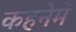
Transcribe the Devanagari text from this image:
कहनेमें